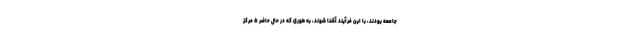
جامعه بودند، با این فرآیند آشنا شوند، به طوری که در حال حاضر ۵ مرکز